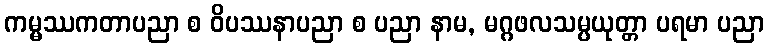
ကမ္မဿကတာပညာ စ ဝိပဿနာပညာ စ ပညာ နာမ, မဂ္ဂဖလသမ္ပယုတ္တာ ပရမာ ပညာ